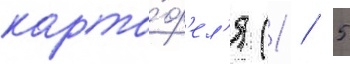
карто́ф'ел'я (1 / 5